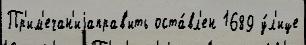
Пр'им'ечан'иjаправ'ить оста́вл'ен 1689 у́л'ице